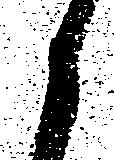
候